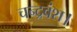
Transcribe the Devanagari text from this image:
चन्द्रवंश।